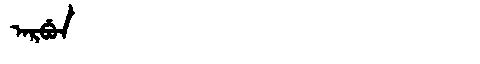
Manchu: ᠠᡵᠪᡠᠨ
Romanization: ARBUN